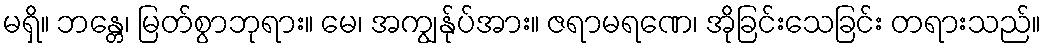
မရှိ။ ဘန္တေ၊ မြတ်စွာဘုရား။ မေ၊ အကျွန်ုပ်အား။ ဇရာမရဏေ၊ အိုခြင်းသေခြင်း တရားသည်။